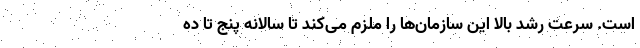
است. سرعت رشد بالا این سازمان‌ها را ملزم می‌کند تا سالانه پنج تا ده